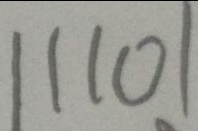
1 1 1 0 1